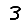
Digit: 3